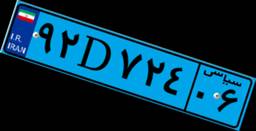
۹۲D۷۲۴۰۶